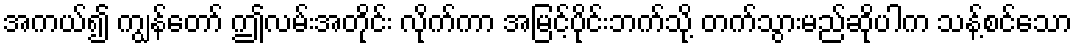
အကယ်၍ ကျွန်တော် ဤလမ်းအတိုင်း လိုက်ကာ အမြင့်ပိုင်းဘက်သို့ တက်သွားမည်ဆိုပါက သန့်စင်သော